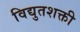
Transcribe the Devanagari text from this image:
विद्युतशक्ती